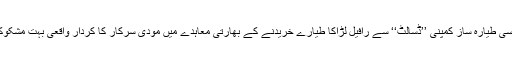
فرانسیسی طیارہ ساز کمپنی ’’ڈسالٹ‘‘ سے رافیل لڑاکا طیارے خریدنے کے بھارتی معاہدے میں مودی سرکار کا کردار واقعی بہت مشکوک ہے۔